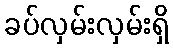
ခပ်လှမ်းလှမ်းရှိ